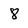
Character: 8